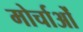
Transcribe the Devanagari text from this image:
मोर्चाओं